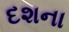
દશના